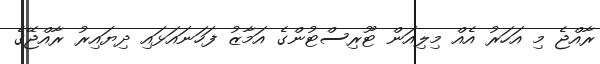
ރާއްޖެ މި އަހަރު އެއް މިލިއަން ޓޫރިސްޓުންގެ އަމާޒު ފަހަނައަޅައި ދިޔައިރު ރާއްޖޭގެ